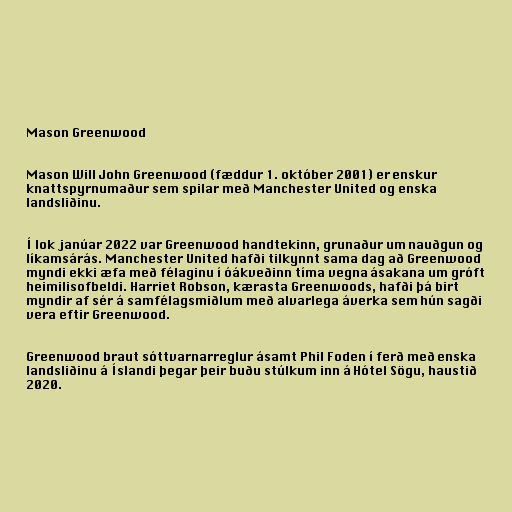
Mason Greenwood

Mason Will John Greenwood (fæddur 1. október 2001) er enskur
knattspyrnumaður sem spilar með Manchester United og enska
landsliðinu.

Í lok janúar 2022 var Greenwood handtekinn, grunaður um nauðgun og
líkamsárás. Manchester United hafði tilkynnt sama dag að Greenwood
myndi ekki æfa með félaginu í óákveðinn tíma vegna ásakana um gróft
heimilisofbeldi. Harriet Robson, kærasta Greenwoods, hafði þá birt
myndir af sér á samfélagsmiðlum með alvarlega áverka sem hún sagði
vera eftir Greenwood.

Greenwood braut sóttvarnarreglur ásamt Phil Foden í ferð með enska
landsliðinu á Íslandi þegar þeir buðu stúlkum inn á Hótel Sögu, haustið
2020.